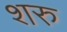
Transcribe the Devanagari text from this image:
शरु